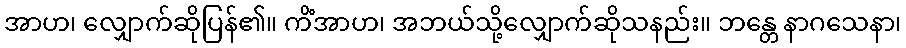
အာဟ၊ လျှောက်ဆိုပြန်၏။ ကိံအာဟ၊ အဘယ်သို့လျှောက်ဆိုသနည်း။ ဘန္တေ နာဂသေနာ၊